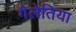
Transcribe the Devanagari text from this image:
गैलेतिया